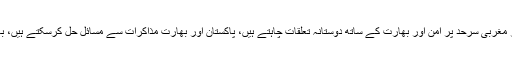
شاہ محمود قریشی نے کہا کہ ہم مشرقی اور مغربی سرحد پر امن اور بھارت کے ساتھ دوستانہ تعلقات چاہتے ہیں، پاکستان اور بھارت مذاکرات سے مسائل حل کرسکتے ہیں، بات چیت کے بغیر مسائل حل نہیں ہوں گے۔